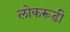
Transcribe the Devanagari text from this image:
लोकरूढी